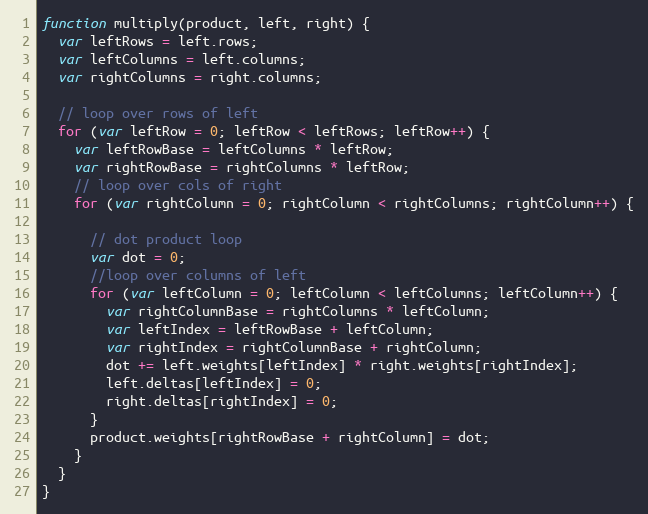
Language: JavaScript
function multiply(product, left, right) {
  var leftRows = left.rows;
  var leftColumns = left.columns;
  var rightColumns = right.columns;

  // loop over rows of left
  for (var leftRow = 0; leftRow < leftRows; leftRow++) {
    var leftRowBase = leftColumns * leftRow;
    var rightRowBase = rightColumns * leftRow;
    // loop over cols of right
    for (var rightColumn = 0; rightColumn < rightColumns; rightColumn++) {

      // dot product loop
      var dot = 0;
      //loop over columns of left
      for (var leftColumn = 0; leftColumn < leftColumns; leftColumn++) {
        var rightColumnBase = rightColumns * leftColumn;
        var leftIndex = leftRowBase + leftColumn;
        var rightIndex = rightColumnBase + rightColumn;
        dot += left.weights[leftIndex] * right.weights[rightIndex];
        left.deltas[leftIndex] = 0;
        right.deltas[rightIndex] = 0;
      }
      product.weights[rightRowBase + rightColumn] = dot;
    }
  }
}